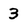
Character: 3